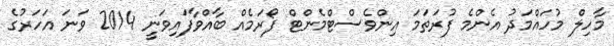
މާހިލް މުހައްމަދު އެންމެ ފުރަތަމަ އިންވެސްޓްމެންޓް ފޯރަމެއް ބާއްވާފައިވަނީ 2014 ވަނަ އަހަރުގެ